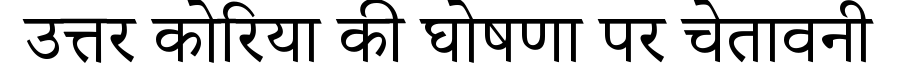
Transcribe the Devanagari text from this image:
उत्तर कोरिया की घोषणा पर चेतावनी